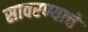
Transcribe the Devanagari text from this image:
सावरण्याचे